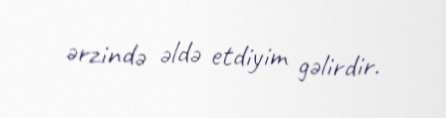
ərzində əldə etdiyim gəlirdir.